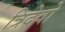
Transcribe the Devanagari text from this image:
त्रिदेवो